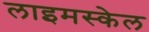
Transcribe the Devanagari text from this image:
लाइमस्केल